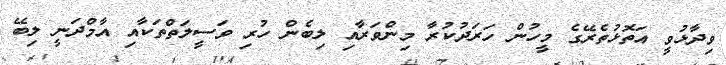
ވިދާޅުވީ އަތޮޅުތެރޭގެ މީހުން ހަރަދުކުރާ މިންވަރާއި ލިބެން ހުރި ވަސީލަތްތަކާއި އާމްދަނީ ލިބޭ